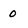
Character: 0